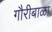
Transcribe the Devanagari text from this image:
गौरीबाळा